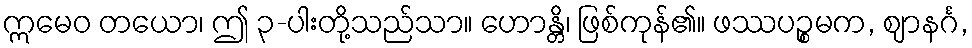
ဣမေဝ တယော၊ ဤ ၃-ပါးတို့သည်သာ။ ဟောန္တိ၊ ဖြစ်ကုန်၏။ ဖဿပဉ္စမက, ဈာနင်္ဂ,